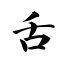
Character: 舌